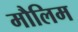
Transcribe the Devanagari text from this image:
मौलिम